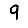
Digit: 9